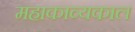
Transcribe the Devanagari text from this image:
महाकाव्‍यकाल